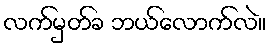
လက်မှတ်ခ ဘယ်လောက်လဲ။